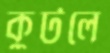
কুটলে